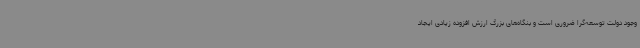
وجود دولت توسعه‌گرا ضروری است و بنگاه‌های بزرگ ارزش افزوده زیادی ایجاد